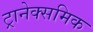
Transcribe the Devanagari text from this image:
ट्रानेक्समिक